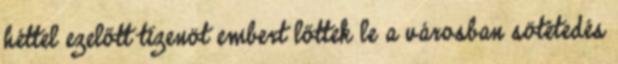
héttel ezelőtt tizenöt embert lőttek le a városban sötétedés